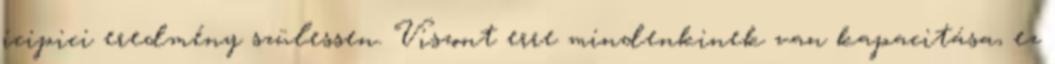
icipici eredmény szülessen. Viszont erre mindenkinek van kapacitása, ez